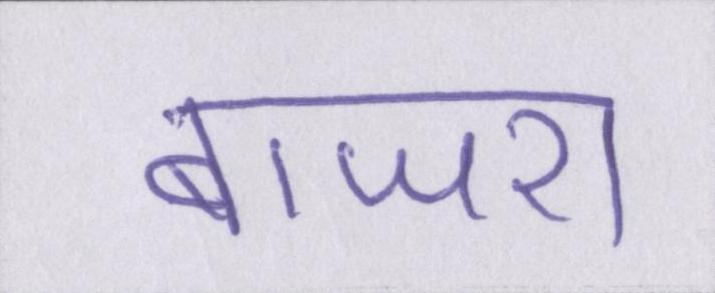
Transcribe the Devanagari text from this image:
बाजरा